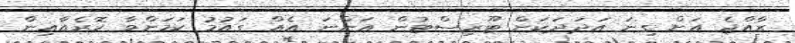
ރާއްޖެ އަށް ގިނަ އަދަދަކަށް ޓޫރިސްޓުން އަންނަ އެއް ގައުމު ކަމަށްވާ ކޮރެއާއިން